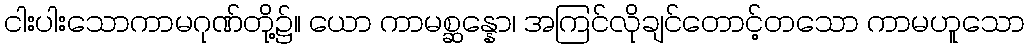
ငါးပါးသောကာမဂုဏ်တို့၌။ ယော ကာမစ္ဆန္နော၊ အကြင်လိုချင်တောင့်တသော ကာမဟူသော